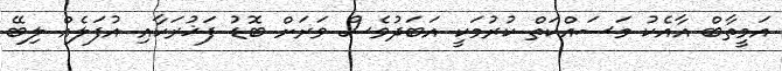
އަމީތާބް އާއެކު މަސައްކަތް ކުރުމަކީ އަބަދުވެސް ވަރަށް ބޮޑު ފަޚުރަކާއި އުފަލެއް ލިބޭ